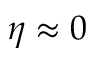
\eta \approx 0